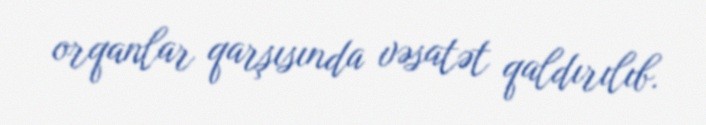
orqanlar qarşısında vəsatət qaldırılıb.